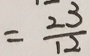
= \frac { 2 3 } { 1 2 }